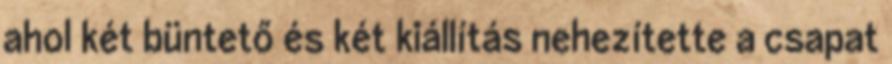
ahol két büntető és két kiállítás nehezítette a csapat